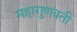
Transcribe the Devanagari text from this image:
महागुणवती